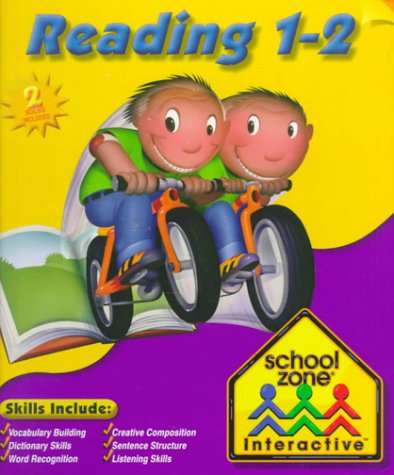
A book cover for Reading 1-2; Children's Books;